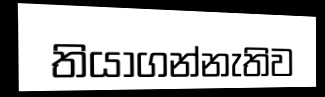
තියාගන්නැතිව